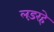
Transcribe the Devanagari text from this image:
लड़रहे